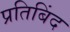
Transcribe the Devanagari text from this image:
प्रतिबिंद